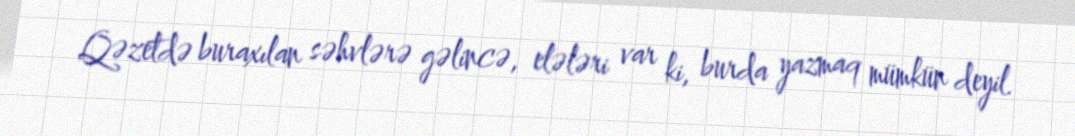
Qəzetdə buraxılan səhvlərə gəlincə, elələri var ki, burda yazmaq mümkün deyil.